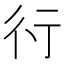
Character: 𬠽